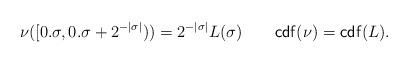
LaTeX: \begin{align*}\nu([0.\sigma, 0.\sigma + 2^{-|\sigma|})) = 2^{-|\sigma|} L(\sigma)\quad\quad\mathsf{cdf}(\nu)=\mathsf{cdf}(L).\end{align*}